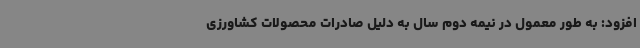
افزود: به طور معمول در نیمه دوم سال به دلیل صادرات محصولات کشاورزی